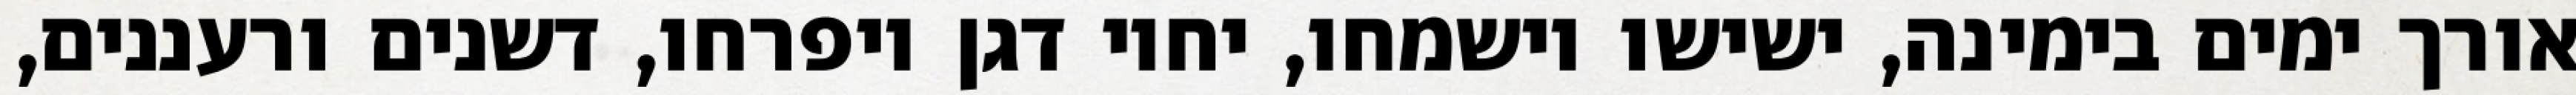
אורך ימים בימינה, ישישו וישמחו, יחיו דגן ויפרחו, דשנים ורעננים,